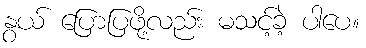
နွယ် ပြောပြဖို့လည်း မသင့်ခဲ့ ပါပေ။